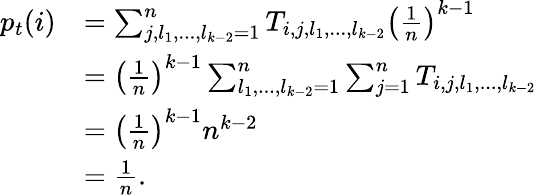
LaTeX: \begin{array}{rl}{p_{t}(i)}&{=\sum_{j,l_{1},...,l_{k-2}=1}^{n}T_{i,j,l_{1},...,l_{k-2}}\left(\frac{1}{n}\right)^{k-1}}\\ &{=\left(\frac{1}{n}\right)^{k-1}\sum_{l_{1},...,l_{k-2}=1}^{n}\sum_{j=1}^{n}T_{i,j,l_{1},...,l_{k-2}}}\\ &{=\left(\frac{1}{n}\right)^{k-1}n^{k-2}}\\ &{=\frac{1}{n}.}\end{array}